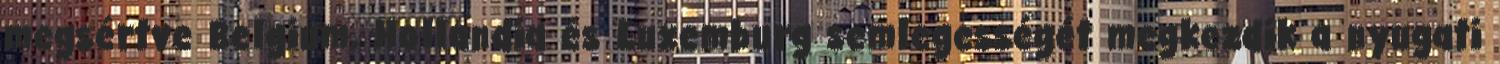
megsértve Belgium, Hollandia és Luxemburg semlegességét megkezdik a nyugati